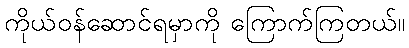
ကိုယ်ဝန်ဆောင်ရမှာကို ကြောက်ကြတယ်။